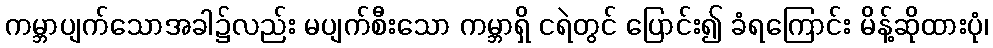
ကမ္ဘာပျက်သောအခါ၌လည်း မပျက်စီးသော ကမ္ဘာရှိ ငရဲတွင် ပြောင်း၍ ခံရကြောင်း မိန့်ဆိုထားပုံ၊